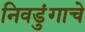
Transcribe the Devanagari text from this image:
निवडुंगाचे